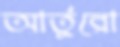
আর্তুরো